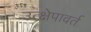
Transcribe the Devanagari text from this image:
उत्क्षेपावर्त